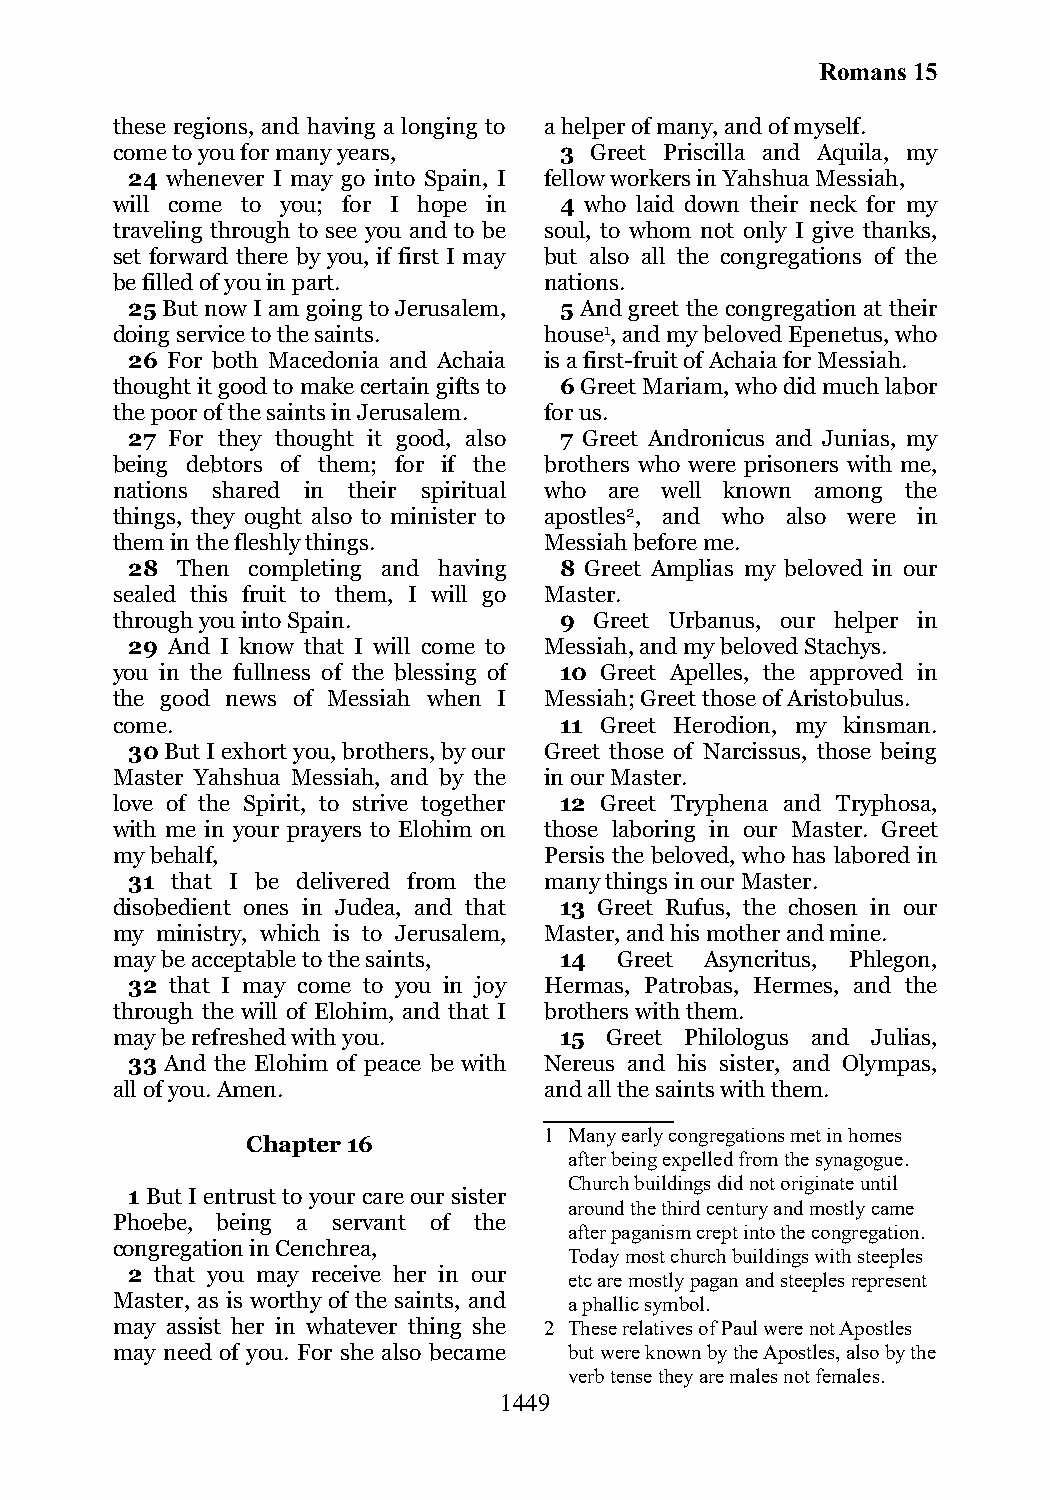
Romans 15
 these regions, and having a longing to a helper of many, and of myself.
 come to you for many years,   3 Greet Priscilla and Aquila, my
 24 whenever I may go into Spain, I fellow workers in Yahshua Messiah,
 will come to you; for I hope in 4 who laid down their neck for my
 traveling through to see you and to be soul, to whom not only I give thanks,
 set forward there by you, if first I may but also all the congregations of the
 be filled of you in part.    nations.
 25 But now I am going to Jerusalem, 5 And greet the congregation at their
 doing service to the saints. house1, and my beloved Epenetus, who
 26 For both Macedonia and Achaia is a first-fruit of Achaia for Messiah.
 thought it good to make certain gifts to 6 Greet Mariam, who did much labor
 the poor of the saints in Jerusalem. for us.
 27 For they thought it good, also 7 Greet Andronicus and Junias, my
 being debtors of them; for if the brothers who were prisoners with me,
 nations shared in their spiritual who are well known among the
 things, they ought also to minister to apostles2, and who also were in
 them in the fleshly things.  Messiah before me.
 28  Then completing and having 8 Greet Amplias my beloved in our
 sealed this fruit to them, I will go Master.
 through you into Spain.       9 Greet Urbanus, our helper in
 29 And I know that I will come to Messiah, and my beloved Stachys.
 you in the fullness of the blessing of 10 Greet Apelles, the approved in
 the good news of Messiah when I Messiah; Greet those of Aristobulus.
 come.                         11 Greet Herodion, my kinsman.
 30 But I exhort you, brothers, by our Greet those of Narcissus, those being
 Master Yahshua Messiah, and by the in our Master.
 love of the Spirit, to strive together 12 Greet Tryphena and Tryphosa,
 with me in your prayers to Elohim on those laboring in our Master. Greet
 my behalf,                   Persis the beloved, who has labored in
 31 that I be delivered from the many things in our Master.
 disobedient ones in Judea, and that 13 Greet Rufus, the chosen in our
 my ministry, which is to Jerusalem, Master, and his mother and mine.
 may be acceptable to the saints, 14 Greet Asyncritus, Phlegon,
 32 that I may come to you in joy Hermas, Patrobas, Hermes, and the
 through the will of Elohim, and that I brothers with them.
 may be refreshed with you.    15 Greet Philologus and Julias,
 33 And the Elohim of peace be with Nereus and his sister, and Olympas,
 all of you. Amen.            and all the saints with them.
 1 Many early congregations met in homes
 Chapter 16
 after being expelled from the synagogue.
 Church buildings did not originate until
 1 But I entrust to your care our sister
 around the third century and mostly came
 Phoebe, being a servant of the
 after paganism crept into the congregation.
 congregation in Cenchrea,
 Today most church buildings with steeples
 2 that you may receive her in our etc are mostly pagan and steeples represent
 Master, as is worthy of the saints, and a phallic symbol.
 may assist her in whatever thing she 2 These relatives of Paul were not Apostles
 may need of you. For she also became but were known by the Apostles, also by the
 verb tense they are males not females.
 1449